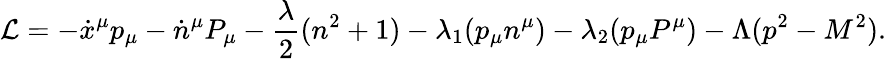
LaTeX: \mathcal{L}=-\dot{{x}}^{\mu}p_{\mu}-\dot{{n}}^{\mu}P_{\mu}-{\frac{{\lambda}}{{2}}}(n^{2}+1)-\lambda_{1}(p_{\mu}n^{\mu})-\lambda_{2}(p_{\mu}P^{\mu})-\Lambda(p^{2}-M^{2}).